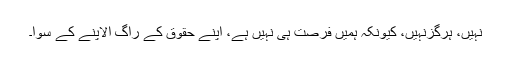
نہیں، ہرگزنہیں، کیونکہ ہمیں فرصت ہی نہیں ہے، اپنے حقوق کے راگ الاپنے کے سوا۔